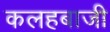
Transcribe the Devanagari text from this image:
कलहबाजी